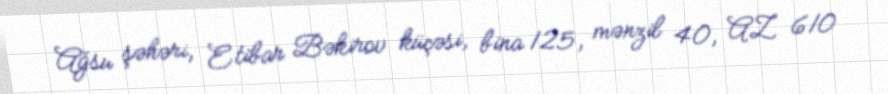
Ağsu şəhəri, Etibar Bəkirov küçəsi, bina 125, mənzil 40, AZ 610